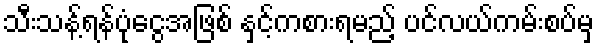
သီးသန့်ရန်ပုံငွေအဖြစ် နှင့်ကစားရမည့် ပင်လယ်ကမ်းစပ်မှ